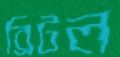
ব্রিটল